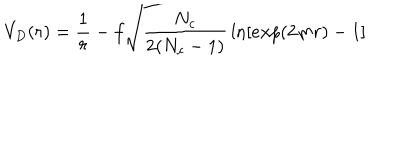
V _ { D } ( r ) = { \frac { 1 } { r } } - f \sqrt { \frac { N _ { c } } { 2 ( N _ { c } - 1 ) } } \ln [ e x p ( 2 m r ) - 1 ] \qquad